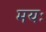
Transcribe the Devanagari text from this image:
मयः